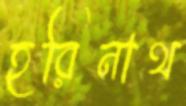
হরিনাথ